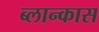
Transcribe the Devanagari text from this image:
ब्लान्कास